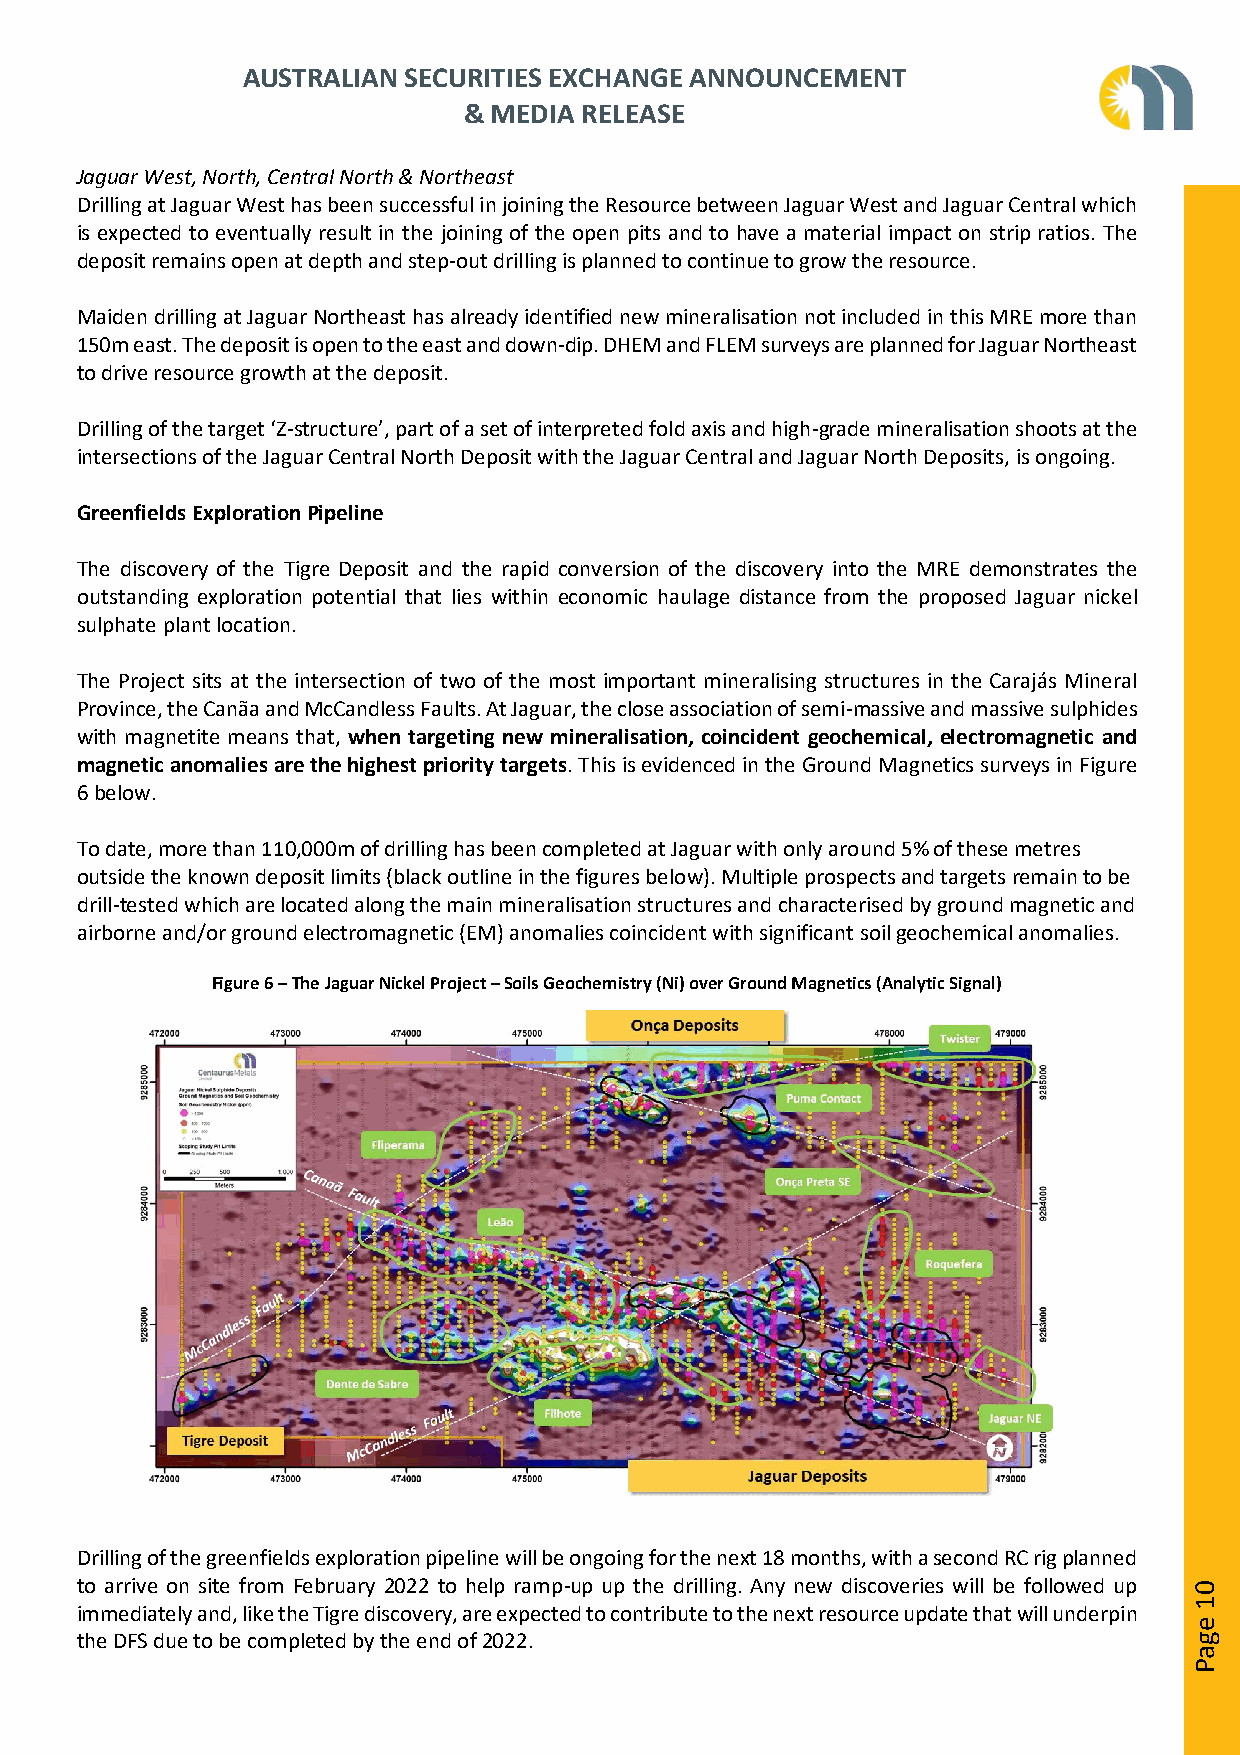
AUSTRALIAN SECURITIES EXCHANGE ANNOUNCEMENT
 & MEDIA RELEASE
 Jaguar West, North, Central North & Northeast
 Drilling at Jaguar West has been successful in joining the Resource between Jaguar West and Jaguar Central which
 is expected to eventually result in the joining of the open pits and to have a material impact on strip ratios. The
 deposit remains open at depth and step-out drilling is planned to continue to grow the resource.
 Maiden drilling at Jaguar Northeast has already identified new mineralisation not included in this MRE more than
 150m east. The deposit is open to the east and down-dip. DHEM and FLEM surveys are planned for Jaguar Northeast
 to drive resource growth at the deposit.
 Drilling of the target ‘Z-structure’, part of a set of interpreted fold axis and high-grade mineralisation shoots at the
 intersections of the Jaguar Central North Deposit with the Jaguar Central and Jaguar North Deposits, is ongoing.
 Greenfields Exploration Pipeline
 The discovery of the Tigre Deposit and the rapid conversion of the discovery into the MRE demonstrates the
 outstanding exploration potential that lies within economic haulage distance from the proposed Jaguar nickel
 sulphate plant location.
 The Project sits at the intersection of two of the most important mineralising structures in the Carajás Mineral
 Province, the Canãa and McCandless Faults. At Jaguar, the close association of semi-massive and massive sulphides
 with magnetite means that, when targeting new mineralisation, coincident geochemical, electromagnetic and
 magnetic anomalies are the highest priority targets. This is evidenced in the Ground Magnetics surveys in Figure
 6 below.
 To date, more than 110,000m of drilling has been completed at Jaguar with only around 5% of these metres
 outside the known deposit limits (black outline in the figures below). Multiple prospects and targets remain to be
 drill-tested which are located along the main mineralisation structures and characterised by ground magnetic and
 airborne and/or ground electromagnetic (EM) anomalies coincident with significant soil geochemical anomalies.
 Figure 6 – The Jaguar Nickel Project – Soils Geochemistry (Ni) over Ground Magnetics (Analytic Signal)
 Drilling of the greenfields exploration pipeline will be ongoing for the next 18 months, with a second RC rig planned
 to arrive on site from February 2022 to help ramp-up up the drilling. Any new discoveries will be followed up
 immediately and, like the Tigre discovery, are expected to contribute to the next resource update that will underpin
 the DFS due to be completed by the end of 2022.
 01
 egaP